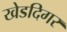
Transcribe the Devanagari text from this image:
खेडदिगर